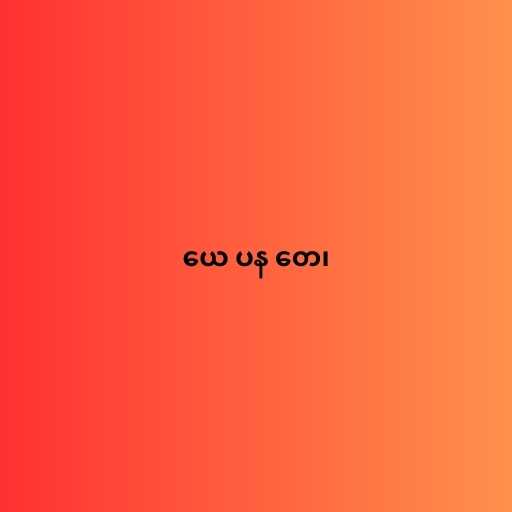
ယေ ပန တေ၊